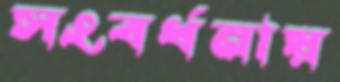
সংবর্ধনায়